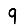
Digit: 9